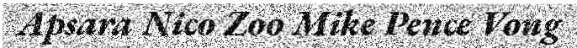
Apsara Nico Zoo Mike Pence Vong